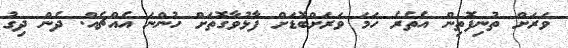
ވަރަށް ތުނިފޮތިން އެތެރެ ހަމަ ވަރަށްބޮޑަށް ފާޅުވާގޮތަށް ހުންނަ އެއްޗެއް. ދެން ދިގު